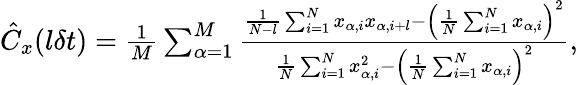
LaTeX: \begin{array}{r}{\hat{C}_{x}(l\delta t)=\frac{1}{M}\sum_{\alpha=1}^{M}\frac{\frac{1}{N-l}\sum_{i=1}^{N}x_{\alpha,i}x_{\alpha,i+l}-\left(\frac{1}{N}\sum_{i=1}^{N}x_{\alpha,i}\right)^{2}}{\frac{1}{N}\sum_{i=1}^{N}x_{\alpha,i}^{2}-\left(\frac{1}{N}\sum_{i=1}^{N}x_{\alpha,i}\right)^{2}},}\end{array}